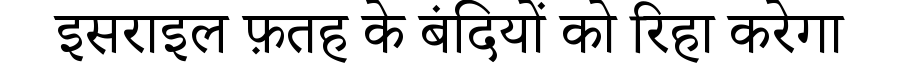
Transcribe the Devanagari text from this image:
इसराइल फ़तह के बंदियों को रिहा करेगा